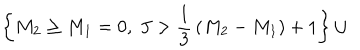
LaTeX: \left\{ M _ { 2 } \ge M _ { 1 } = 0 , ~ J > { \frac { 1 } { 3 } } \left( M _ { 2 } - M _ { 1 } \right) + 1 \right\} \cup